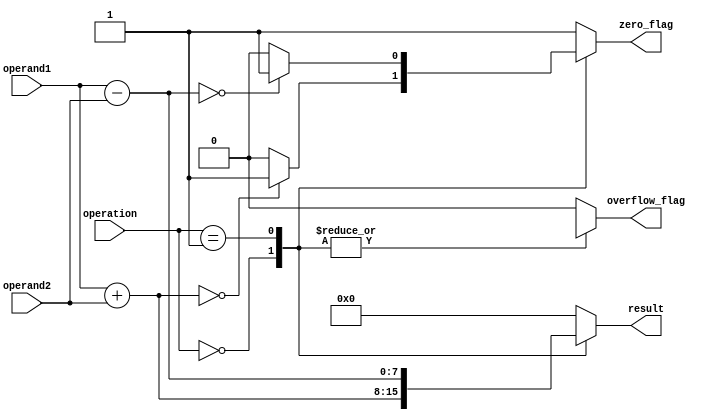
module ALU (
    input [7:0] operand1,
    input [7:0] operand2,
    input [2:0] operation,
    output reg [7:0] result,
    output reg zero_flag,
    output reg overflow_flag
);

always @(operand1, operand2, operation)
begin
    case(operation)
        3'b000: // Addition
            begin
                result = operand1 + operand2;
                zero_flag = (result == 8'h00) ? 1 : 0;
                overflow_flag = (result[8] != result[7]);
            end
        
        3'b001: // Subtraction
            begin
                result = operand1 - operand2;
                zero_flag = (result == 8'h00) ? 1 : 0;
                overflow_flag = (result[8] != result[7]);
            end
        
        3'b010: // Multiplication (not implemented)
            begin
                result = 8'h00;
                zero_flag = 1;
                overflow_flag = 0;
            end
        
        3'b011: // Division (not implemented)
            begin
                result = 8'h00;
                zero_flag = 1;
                overflow_flag = 0;
            end
        
        default: // Undefined operation
            begin
                result = 8'h00;
                zero_flag = 1;
                overflow_flag = 0;
            end
    endcase
end

endmodule